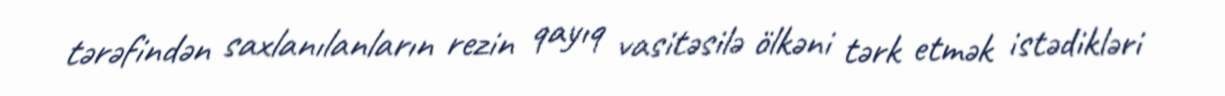
tərəfindən saxlanılanların rezin qayıq vasitəsilə ölkəni tərk etmək istədikləri